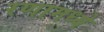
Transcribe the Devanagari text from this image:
रणामध्ये